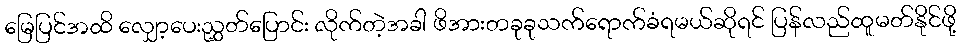
မြေပြင်အထိ လျှော့ပေးညွှတ်ပြောင်း လိုက်တဲ့အခါ ဖိအားတခုခုသက်ရောက်ခံရမယ်ဆိုရင် ပြန်လည်ထူမတ်နိုင်ဖို့